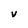
Character: v